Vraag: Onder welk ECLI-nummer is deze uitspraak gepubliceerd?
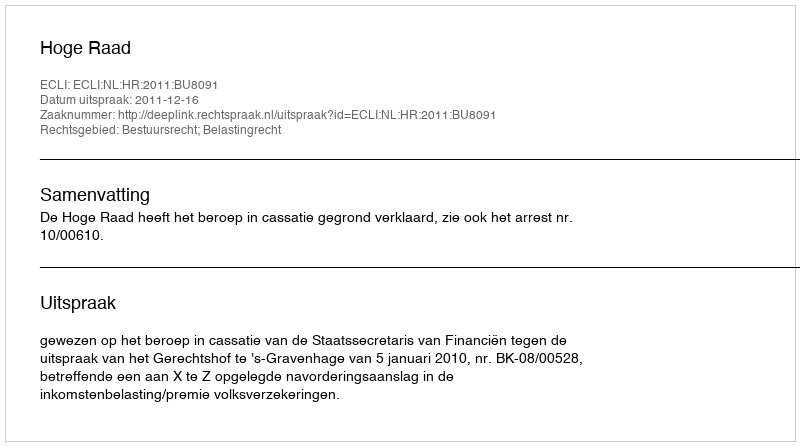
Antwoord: ECLI:NL:HR:2011:BU8091